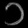
Digit: ၁